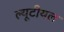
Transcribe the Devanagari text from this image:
ल्यूटीयल